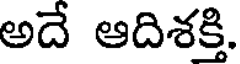
అదే ఆదిశక్తి.